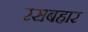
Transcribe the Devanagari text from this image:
रसबहार